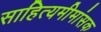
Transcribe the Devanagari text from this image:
साहित्यमीमांसक